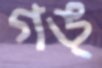
গঙ্